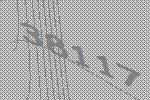
38117